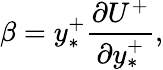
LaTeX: \beta=y_{*}^{+}\frac{\partial U^{+}}{\partial y_{*}^{+}},